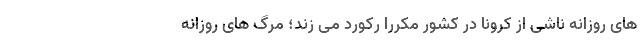
های روزانه ناشی از کرونا در کشور مکررا رکورد می زند؛ مرگ های روزانه